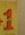
1